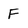
Character: F